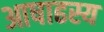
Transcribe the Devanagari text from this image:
आषाढस्य